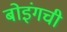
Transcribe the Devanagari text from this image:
बोइंगची